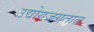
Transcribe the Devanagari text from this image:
उद्योगजगतात